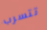
تتسرب